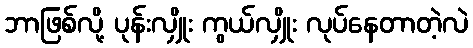
ဘာဖြစ်လို့ ပုန်းလျှိုး ကွယ်လျှိုး လုပ်နေတာတဲ့လဲ